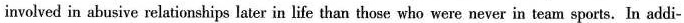
involved in abusive relationehips later in life than those who were never in team sports. In addi-